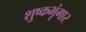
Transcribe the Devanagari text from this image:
शुष्कभृंगार